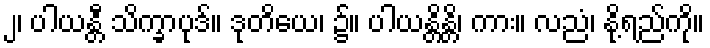
၂၊ ပါယန္တီ သိက္ခာပုဒ်။ ဒုတိယေ၊ ၌။ ပါယန္တိန္တိ၊ ကား။ လညံ၊ နို့ရည်ကို။